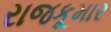
રાજકૂમાર